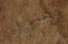
تصور